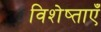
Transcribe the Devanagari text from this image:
विशेष्ताएँ